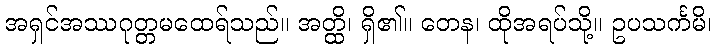
အရှင်အဿဂုတ္တမထေရ်သည်။ အတ္ထိ၊ ရှိ၏။ တေန၊ ထိုအရပ်သို့။ ဥပသင်္ကမိ၊